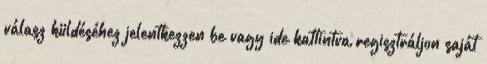
válasz küldéséhez jelentkezzen be vagy ide kattintva regisztráljon saját